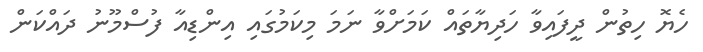
ހެޔޮ ހިތުން ދީފައިވާ ހަދިޔާތައް ކަމަށްވާ ނަމަ މިކަމުގައި އިންޑިއާ ފުސްމޫނު ދައްކަން